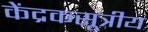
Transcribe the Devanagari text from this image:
केंद्रकसूत्रीय